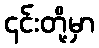
၄င်းတို့မှာ